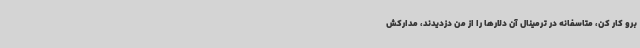
برو کار کن، متاسفانه در ترمینال آن دلارها را از من دزدیدند، مدارکش